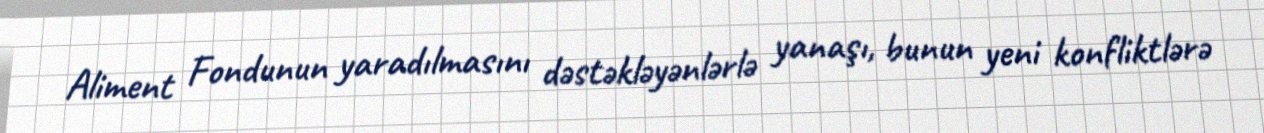
Aliment Fondunun yaradılmasını dəstəkləyənlərlə yanaşı, bunun yeni konfliktlərə